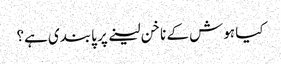
کیا ہوش کے ناخن لینے پر پابندی ہے؟